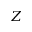
Z